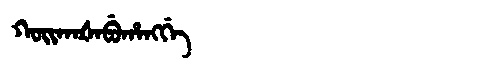
Manchu: ᡴᠣᡳᡴᠠᡧᠠᠪᡠᡥᠠᠩᡤᡝ
Romanization: KOIKAŠABUHANGGE